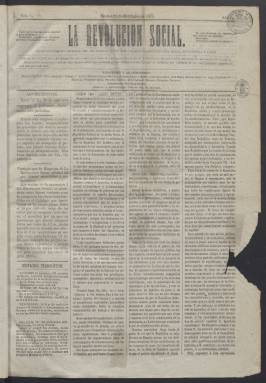
Título: La Revolución social
Colección: Periódicos
Ámbito geográfico: Madrid
Lugar de publicación: Madrid
Fechas: 21/12/1871-18/05/1872